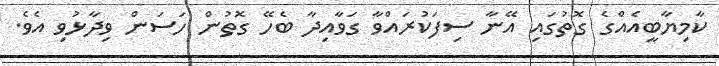
ކާމިޔާބީއެއްގެ ގޮތުގައި އޭނާ ސިފަކުރައްވާ ގަވާއިދާ ބެހޭ ގޮތުން ހަސަން ވިދާޅުވި އެވެ.